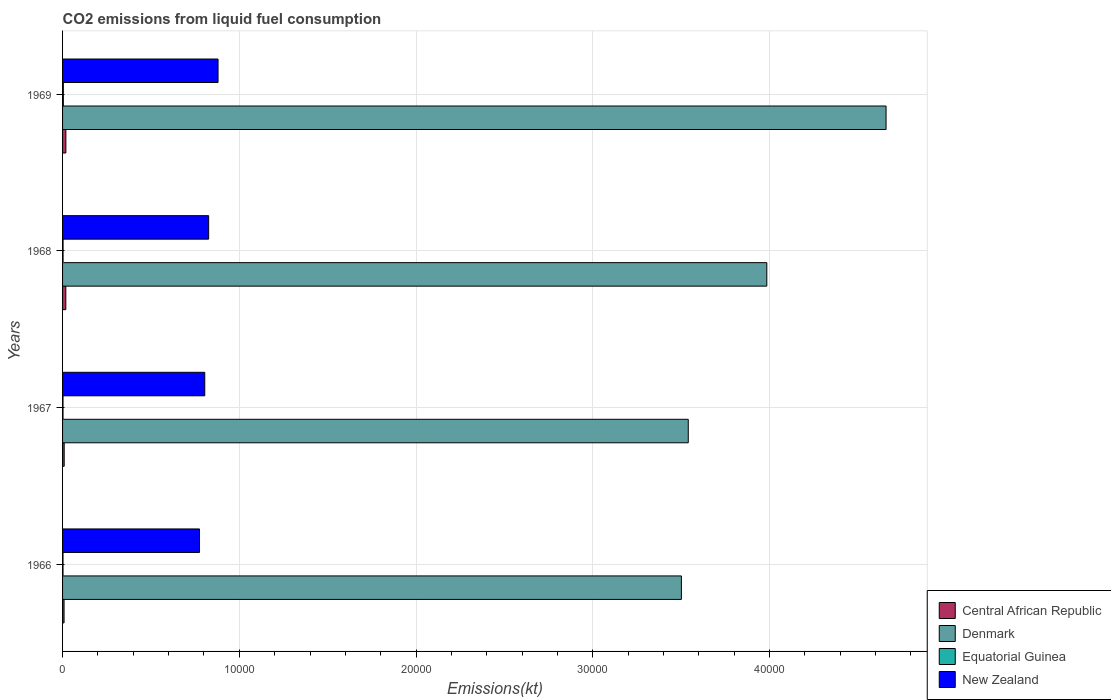
| Years | Central African Republic | Denmark | Equatorial Guinea | New Zealand |
 | --- | --- | --- | --- | --- |
 | 1966 | 84.3 | 3.5e+04 | 25.7 | 7.75e+03 |
 | 1967 | 91.7 | 3.54e+04 | 25.7 | 8.05e+03 |
 | 1968 | 183 | 3.98e+04 | 29.3 | 8.27e+03 |
 | 1969 | 187 | 4.66e+04 | 44 | 8.8e+03 |